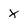
Character: x